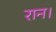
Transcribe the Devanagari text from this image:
रान।